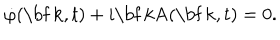
\dot { \varphi } ( \mathrm { \bf ~ k } , t ) + i \mathrm { \bf ~ k A } ( \mathrm { \bf ~ k } , t ) = 0 .